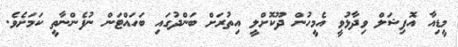
މީޑިއާ އޮފިޝަލް ވިދާޅުވީ އެމީހުން ދޫކޮށްލީ އިތުރަށް ބަންދުގައި ބަހައްޓަން ނުފެންނާތީ ކަމަށެވެ.